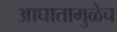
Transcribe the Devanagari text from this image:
आघातामुळेच